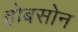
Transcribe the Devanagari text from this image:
होबसोन